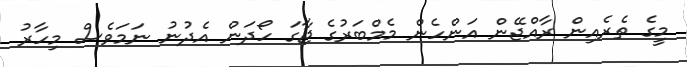
މީގެ ތެރެއިން ރާއްޖޭން އަންހެން މެމްބަރުގެ ޖާގަ ހޯދަން އެދުނު ނަމަވެސް މިހާރު